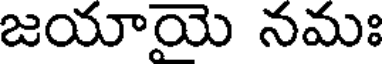
జయాయె నమః